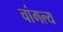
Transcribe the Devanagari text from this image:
चांगल्य